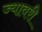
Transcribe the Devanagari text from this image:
ज्यावरी